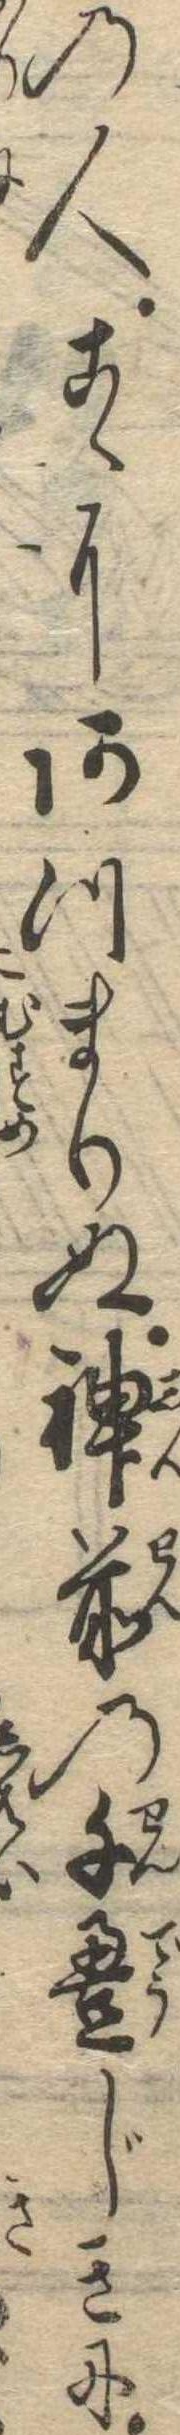
の人こゝにあつまりぬ神前の千畳じきに